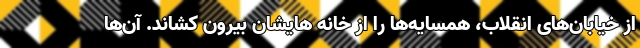
از خیابان‌های انقلاب، همسایه‌ها را از خانه هایشان بیرون کشاند. آن‌ها